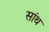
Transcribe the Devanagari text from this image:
सांथ